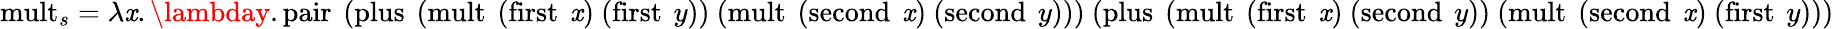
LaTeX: \operatorname{mult}_{s}=\lambda\mathit{x}.\lambday.\operatorname{pair}\ (\operatorname{plus}\ (\operatorname{mult}\ (\operatorname{first}\ \mathit{x})\ (\operatorname{first}\ y))\ (\operatorname{mult}\ (\operatorname{second}\ \mathit{x})\ (\operatorname{second}\ y)))\ (\operatorname{plus}\ (\operatorname{mult}\ (\operatorname{first}\ \mathit{x})\ (\operatorname{second}\ y))\ (\operatorname{mult}\ (\operatorname{second}\ \mathit{x})\ (\operatorname{first}\ y)))